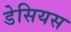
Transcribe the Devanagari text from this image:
डेसियस